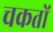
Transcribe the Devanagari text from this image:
चकतों